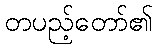
တပည့်တော်၏